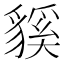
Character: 貕